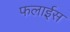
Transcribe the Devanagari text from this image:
फलाईस